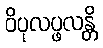
ဝိပုလပ္ဖလန္တိ